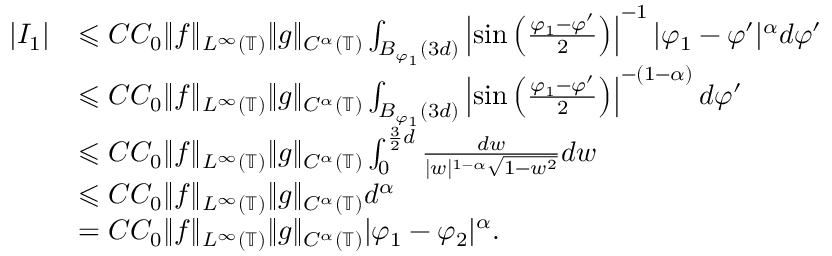
\begin{array} { r l } { | I _ { 1 } | } & { \leqslant C C _ { 0 } \| f \| _ { L ^ { \infty } ( \mathbb { T } ) } \| g \| _ { C ^ { \alpha } ( \mathbb { T } ) } \int _ { B _ { \varphi _ { 1 } } ( 3 d ) } \left| \sin \left( \frac { \varphi _ { 1 } - \varphi ^ { \prime } } { 2 } \right) \right| ^ { - 1 } | \varphi _ { 1 } - \varphi ^ { \prime } | ^ { \alpha } d \varphi ^ { \prime } } \\ & { \leqslant C C _ { 0 } \| f \| _ { L ^ { \infty } ( \mathbb { T } ) } \| g \| _ { C ^ { \alpha } ( \mathbb { T } ) } \int _ { B _ { \varphi _ { 1 } } ( 3 d ) } \left| \sin \left( \frac { \varphi _ { 1 } - \varphi ^ { \prime } } { 2 } \right) \right| ^ { - ( 1 - \alpha ) } d \varphi ^ { \prime } } \\ & { \leqslant C C _ { 0 } \| f \| _ { L ^ { \infty } ( \mathbb { T } ) } \| g \| _ { C ^ { \alpha } ( \mathbb { T } ) } \int _ { 0 } ^ { \frac { 3 } { 2 } d } \frac { d w } { | w | ^ { 1 - \alpha } \sqrt { 1 - w ^ { 2 } } } d w } \\ & { \leqslant C C _ { 0 } \| f \| _ { L ^ { \infty } ( \mathbb { T } ) } \| g \| _ { C ^ { \alpha } ( \mathbb { T } ) } d ^ { \alpha } } \\ & { = C C _ { 0 } \| f \| _ { L ^ { \infty } ( \mathbb { T } ) } \| g \| _ { C ^ { \alpha } ( \mathbb { T } ) } | \varphi _ { 1 } - \varphi _ { 2 } | ^ { \alpha } . } \end{array}